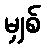
မျှစ်